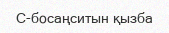
C-босаңситын қызба